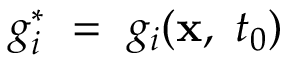
g _ { i } ^ { * } ~ = ~ g _ { i } ( \mathbf { x } , \ t _ { 0 } )